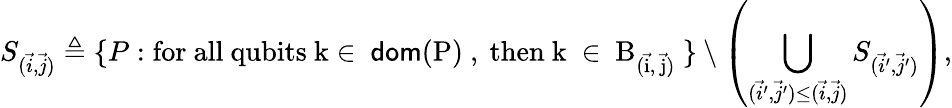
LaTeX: S_{(\vec{i},\vec{j})}\triangleq\{ P:\mathrm{for~all~qubits~k\in~\mathsf{dom}(P)~,~then~k~\in~B_{(\vec{i},~\vec{j})}~}\} \setminus\left(\bigcup_{(\vec{i}^{\prime},\vec{j}^{\prime})\leq(\vec{i},\vec{j})}S_{(\vec{i}^{\prime},\vec{j}^{\prime})}\right),